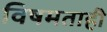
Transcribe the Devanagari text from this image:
विषमताही